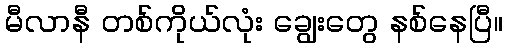
မီလာနီ တစ်ကိုယ်လုံး ချွေးတွေ နစ်နေပြီ။